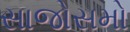
સાજોસમો